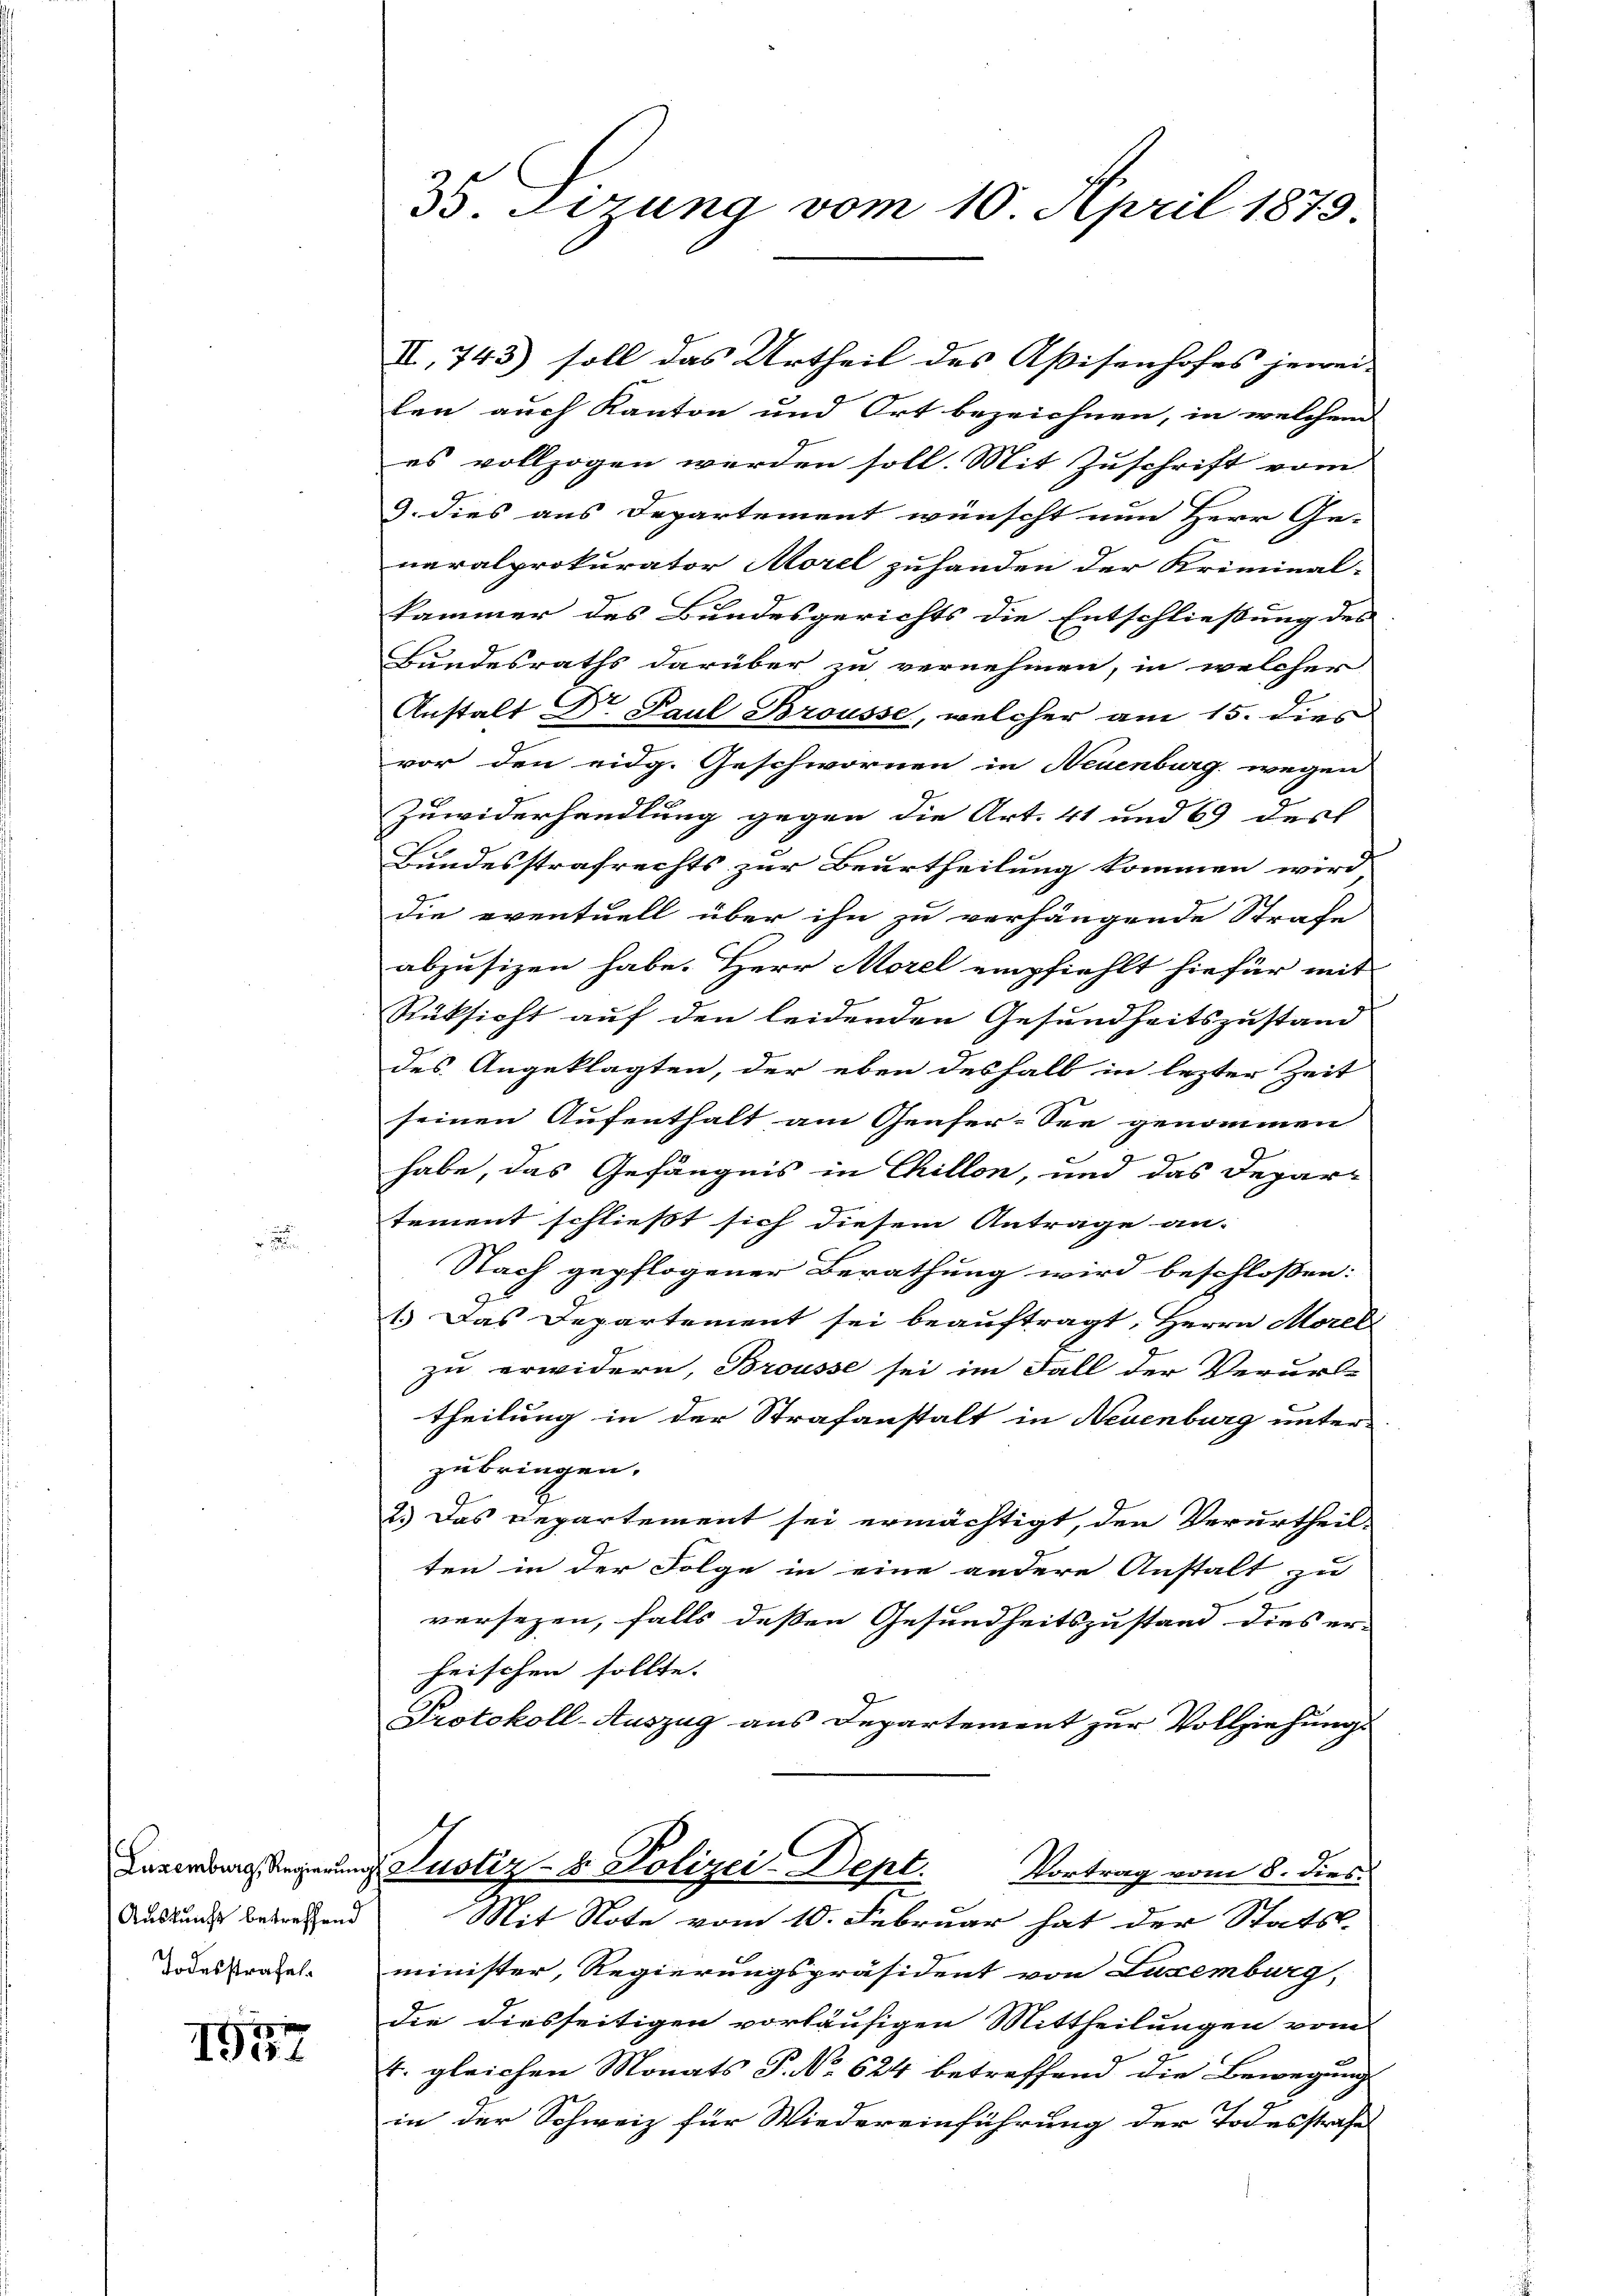
Luxenburg, Regierung
Auskunft betreffend
Todesstrafel.

1901

35. Sizung vom 10. April 1873.

I,743) soll das Urtheil des Aßisenhofes jewei-
len auch Kanton und Ort bezeichnen, in welchem
es vollzogen werden soll. Mit Zuschrift vom
3. dies aus Departement wünscht nun Herr Ge-
neralprokurator Morel zuhanden der Kriminal-
kammer des Bundesgerichts die Entschließung des
Bundesraths darüber zu vernehmen, in welcher
Anstalt Dr Paul Brousse, welcher am 15. dies
vor den eidg. Geschwornen in Neuenburg wegen
Zuwiderhandlung gegen die Art. 41 und 69 des
Bundesstrafrechts zur Beurtheilung kommen wird
die eventuell über ihn zu verhängende Strafe
abzusizen habe. Herr Morel empfiehlt hiefür mit
Rüksicht auf den leidenden Gesundheitszustand
des Angeklagten, der eben deshalb in lezter Zeit
seinen Aufenthalt am Genfer-See genommen
x
¬
habe, das Gefängnis in Chillen, und das Depar-
tement schließt sich diesem Antrage an¬
Nach gepflogener Berathung wird beschlossen:
1.) Das Departement sei beauftragt, Herrn Morell
zu erwidern, Brousse sei im Fall der Verurs-
theilung in der Strafanstalt in Neuenburg unterzubringen.
2.) Das Departement sei ermächtigt, den Verurtheil-
ten in der Folge in eine andere Anstalt zu
versezen, falls deßen Gesundheitszustand dies er-
heischen sollte.
Protokoll-Auszug aus Departement zur Vollziehungs
C
Justiz- & Polizei-Dept.
Vortrag vom 8. dies
Mit Note vom 10. Februar hat der Stats-
minister, Regierungspräsident von Luxemburg,
die diesseitigen vorläufigen Mittheilungen vom
4. gleichen Monats P. No 624 betreffend die Bewegung
in der Schweiz für Wiedereinführung der Todesstrafes